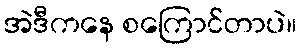
အဲဒီကနေ စကြောင်တာပဲ။